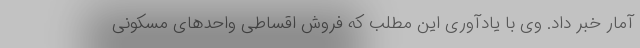
آمار خبر داد. وی با یادآوری این مطلب که فروش اقساطی واحدهای مسکونی